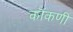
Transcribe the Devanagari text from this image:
कॊंकणी